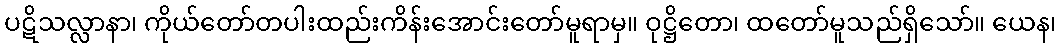
ပဋိသလ္လာနာ၊ ကိုယ်တော်တပါးထည်းကိန်းအောင်းတော်မူရာမှ။ ဝုဋ္ဌိတော၊ ထတော်မူသည်ရှိသော်။ ယေန၊